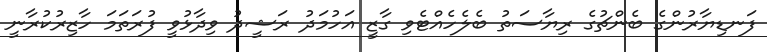
ފަނޑިޔާރުންގެ ބެންޗުގެ ރިޔާސަތު ބެލެހެއްޓެވި ގާޒީ އަހުމަދު ރަޝީދު ވިދާޅުވީ ފުރަތަމަ ހާޒިރުކުރާނީ